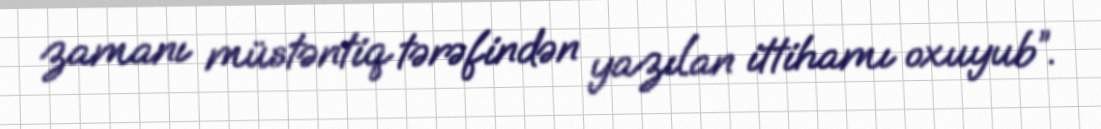
zamanı müstəntiq tərəfindən yazılan ittihamı oxuyub”.